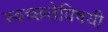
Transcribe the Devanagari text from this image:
स्वच्छतेविषयी